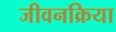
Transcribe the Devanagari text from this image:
जीवनक्रिया